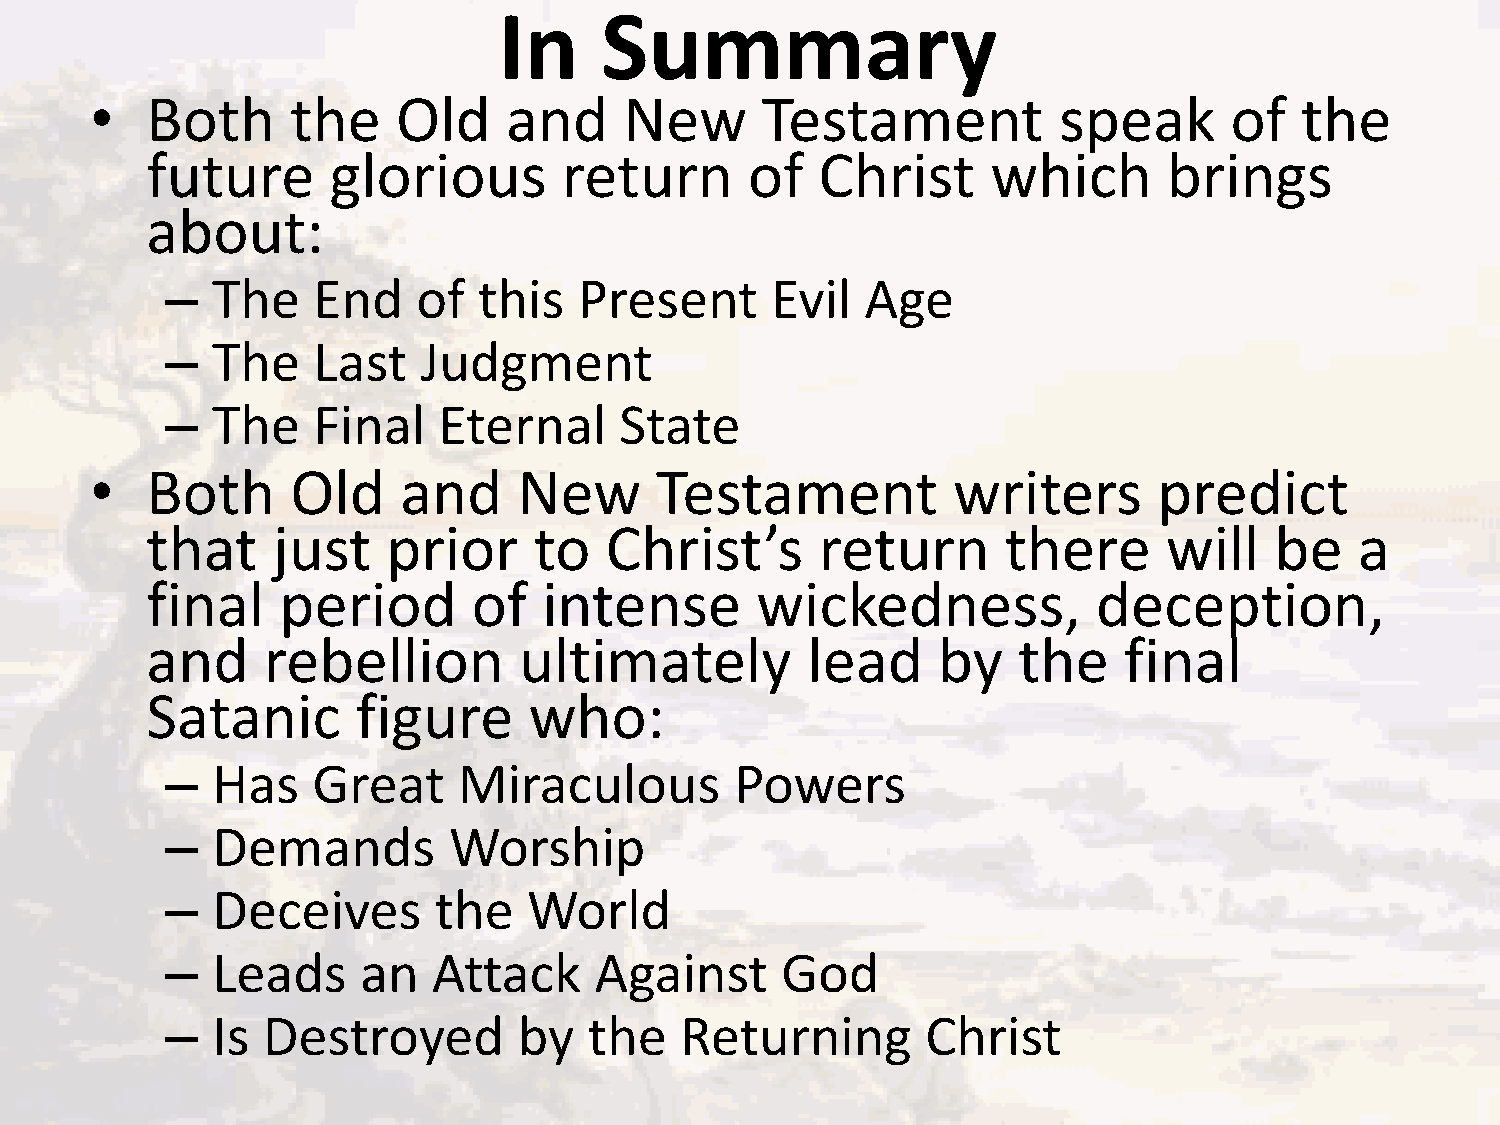
In     Summary
 •   Both     the    Old     and    New      Testament           speak      of   the
 future      glorious       return       of  Christ      which      brings
 about:
 –  The    End    of  this  Present      Evil  Age
 –  The    Last   Judgment
 –  The    Final   Eternal     State
 •   Both     Old    and     New      Testament           writers       predict
 that    just    prior    to   Christ’s      return       there     will   be    a
 final    period      of   intense       wickedness,            deception,
 and    rebellion        ultimately         lead     by   the    final
 Satanic       figure     who:
 –  Has    Great    Miraculous         Powers
 –  Demands         Worship
 –  Deceives       the   World
 –  Leads     an   Attack    Against      God
 –  Is Destroyed        by   the   Returning       Christ